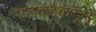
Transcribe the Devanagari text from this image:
एडवर्डकडून